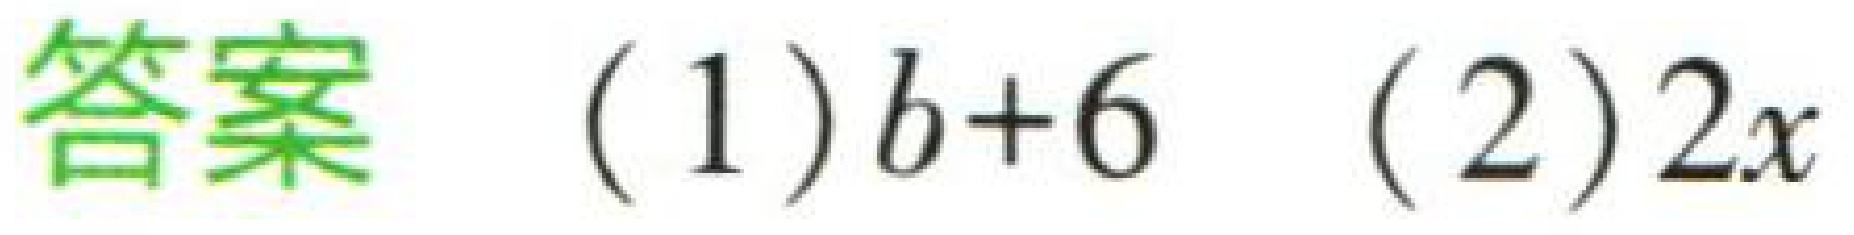
答案

(1)$b + 6$

(2)$2x$